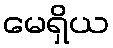
မေရှိယ